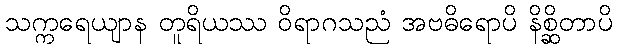
သက္ကရေယျာန တူရိယဿ ဝိရာဂသညံ အဗဓိရောပိ နိစ္ဆိတာပိ